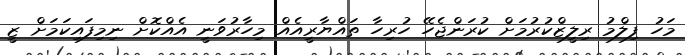
މަހު ފިލްމު ރިލީޒްކުރުމަށް ކުރަންޖެހޭ ހުރިހާ ތައްޔާރީއެއް މިހާރުވަނީ އެއްކޮށް ނިމިފައިކަމަށް ޒީ